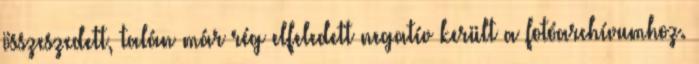
összeszedett, talán már rég elfeledett negatív került a fotóarchívumhoz.